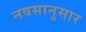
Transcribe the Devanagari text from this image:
नवसानुसार